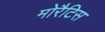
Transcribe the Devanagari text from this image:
मोरैटिस